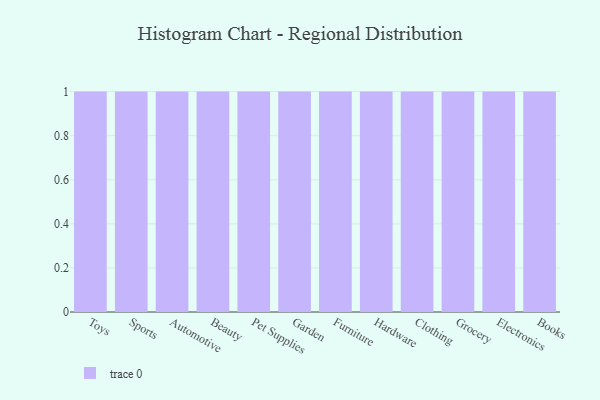
{"axis": {"x": "Category", "y": "Bounce Rate (%)"}, "legend": [""], "data": [{"x": "Toys", "y": 28, "type": ""}, {"x": "Sports", "y": 84, "type": ""}, {"x": "Automotive", "y": 32, "type": ""}, {"x": "Beauty", "y": 79, "type": ""}, {"x": "Pet Supplies", "y": 26, "type": ""}, {"x": "Garden", "y": 86, "type": ""}, {"x": "Furniture", "y": 29, "type": ""}, {"x": "Hardware", "y": 47, "type": ""}, {"x": "Clothing", "y": 8, "type": ""}, {"x": "Grocery", "y": 33, "type": ""}, {"x": "Electronics", "y": 81, "type": ""}, {"x": "Books", "y": 57, "type": ""}]}